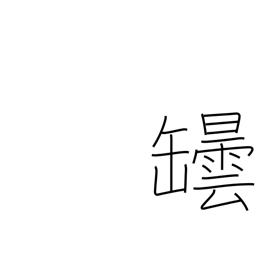
Meaning: bottle